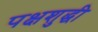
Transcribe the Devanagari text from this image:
पक्षशुद्धी